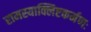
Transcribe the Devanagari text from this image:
रामस्याक्लिष्टकर्मणः